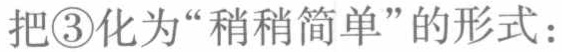
把\textcircled{3}化为“稍稍简单”的形式：